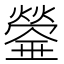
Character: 𤐻